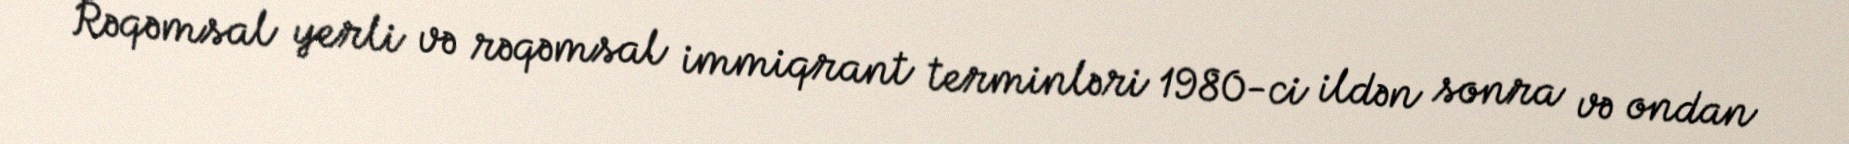
Rəqəmsal yerli və rəqəmsal immiqrant terminləri 1980-ci ildən sonra və ondan